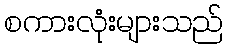
စကားလုံးများသည်